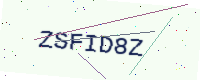
Text: ZSFID8Z